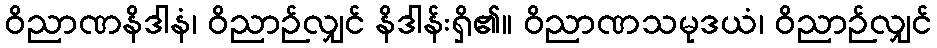
ဝိညာဏနိဒါနံ၊ ဝိညာဉ်လျှင် နိဒါန်းရှိ၏။ ဝိညာဏသမုဒယံ၊ ဝိညာဉ်လျှင်